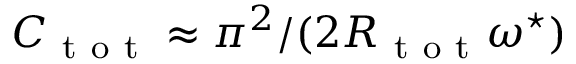
C _ { \mathrm { ~ t ~ o ~ t ~ } } \approx \pi ^ { 2 } / ( 2 R _ { \mathrm { ~ t ~ o ~ t ~ } } \omega ^ { \star } )